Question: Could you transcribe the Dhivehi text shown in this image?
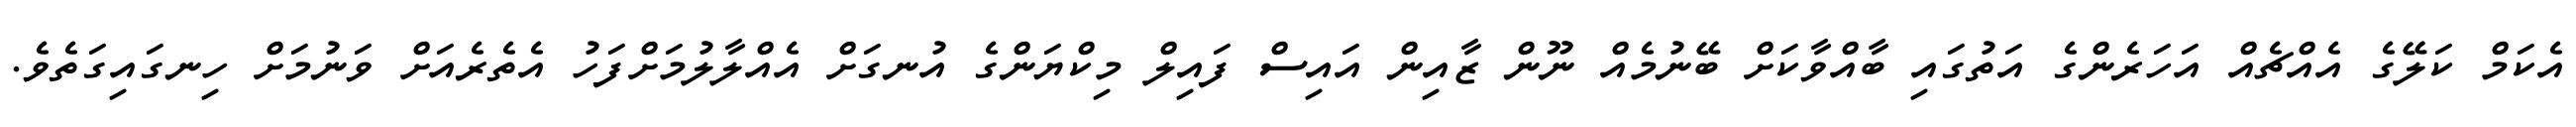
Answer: އެކަމް ކަލޭގެ އެއްޗެއް އަހަރެންގެ އަތުގައި ބާއްވާކަށް ބޭނުމެއް ނޫން ޒާއިން އައިސް ފައިލް މިކްޔަންގެ އުނގަށް އެއްލާލުމަށްފަހު އެތެރެއަށް ވަނުމަށް ހިނގައިގަތެވެ.